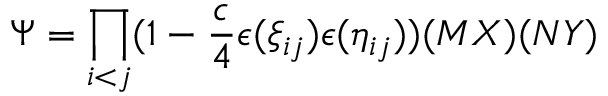
\Psi = \prod _ { i < j } ( 1 - \frac { c } { 4 } \epsilon ( \xi _ { i j } ) \epsilon ( \eta _ { i j } ) ) ( { \cal M } X ) ( { \cal N } Y )